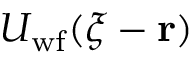
U _ { \mathrm { w f } } ( \boldsymbol { \xi } - \mathbf { r } )